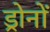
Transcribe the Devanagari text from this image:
ड्रोनों